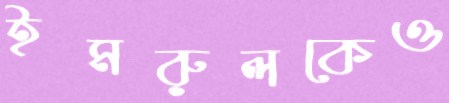
ইমরুলকেও